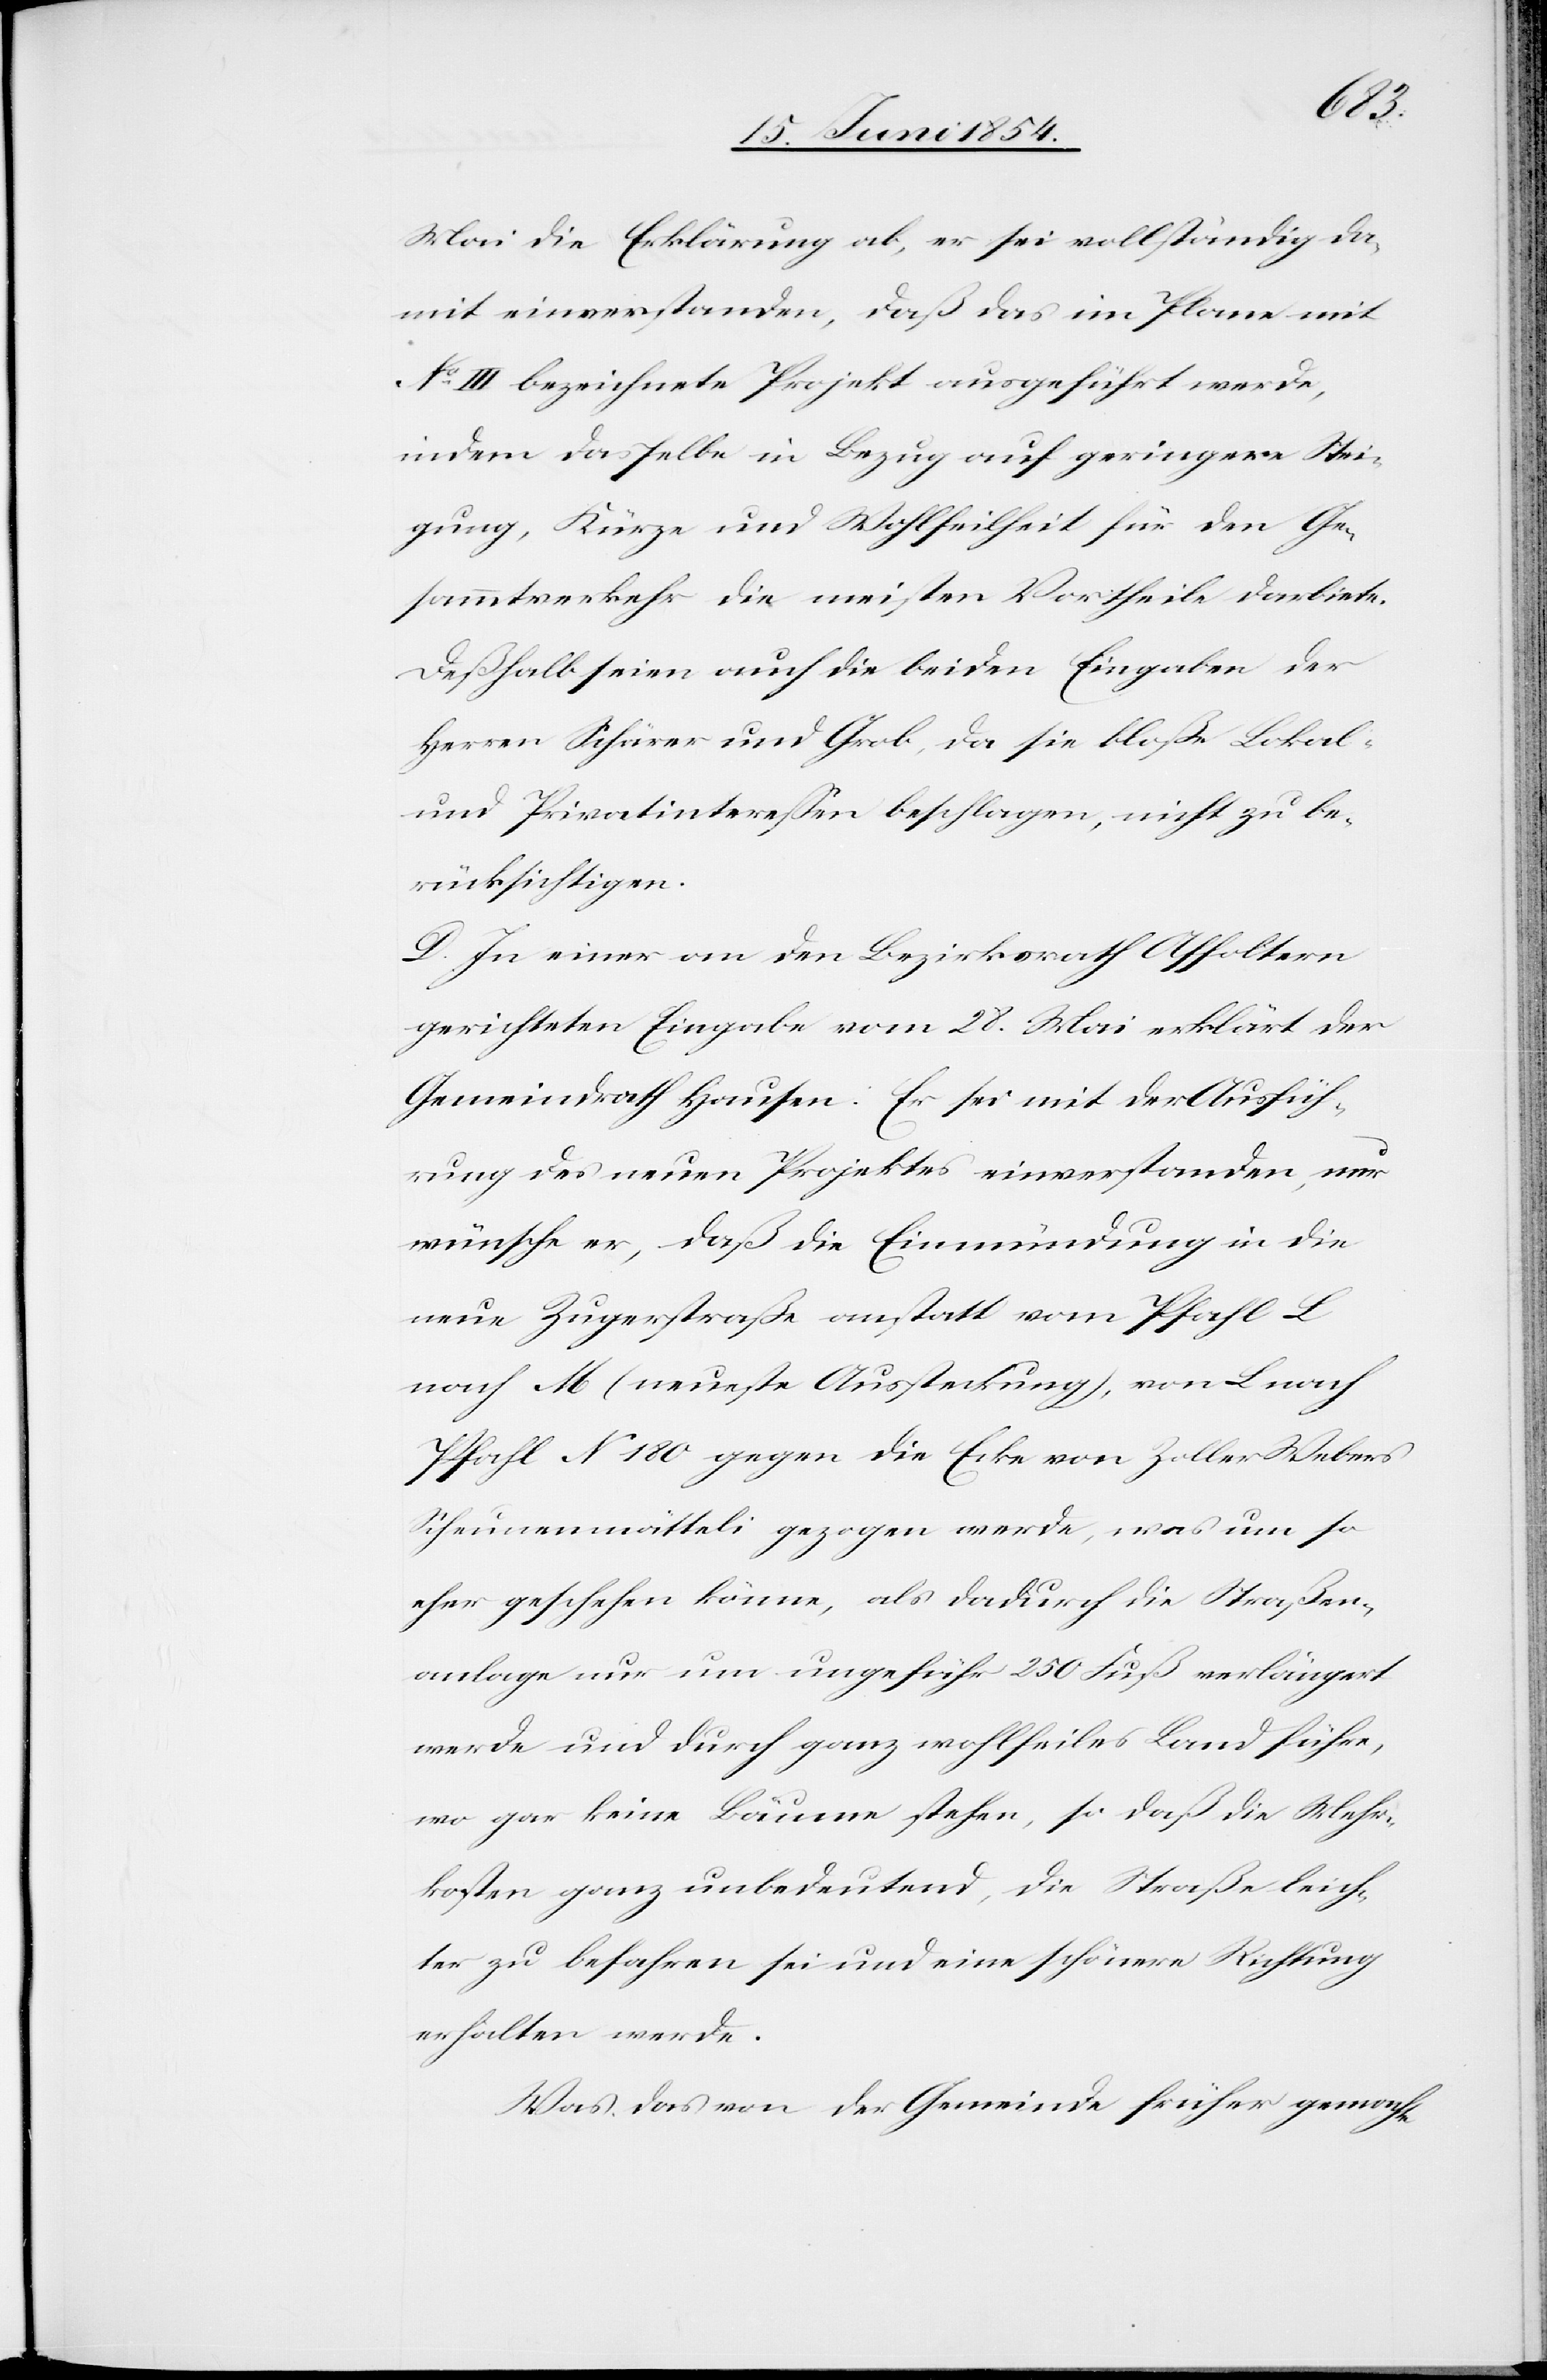
Mai die Erklärung ab, er sei vollständig da¬
mit einverstanden, daß das im Plane mit
No III bezeichnete Projekt ausgeführt werde,
indem dasselbe in Bezug auf geringere Stei¬
gung, Kürze und Wohlfeilheit für den Ge¬
sammtverkehr die meisten Vortheile darbiete.
Deßhalb seien auch die beiden Eingaben der
Herren Schärer und Grob, da sie bloße Lokal-
und Privatintereßen beschlagen, nicht zu be¬
rücksichtigen.
D. In einer an den Bezirksrath Affoltern
gerichteten Eingabe vom 28. Mai erklärt der
Gemeindrath Hausen: Er sei mit der Ausfüh¬
rung des neuen Projektes einverstanden, nur
wünsche er, daß die Einmündung in die
neue Zugerstraße anstatt vom Pfahl L
nach M (neueste Aussteckung), von L nach
Pfahl N 180 gegen die Ecke von Zoller Webers
Scheunenmätteli gezogen werde, was um so
eher geschehen könne, als dadurch die Straßen¬
anlage nur um ungefähr 250 Fuß verlängert
werde und durch ganz wohlfeiles Land führe,
wo gar keine Bäume stehen, so daß die Mehr¬
kosten ganz unbedeutend, die Straße leich¬
ter zu befahren sei und eine schönere Richtung
erhalten werde.
Was das von der Gemeinde früher gemachte